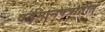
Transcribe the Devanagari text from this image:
वर्तमानपत्रातीत